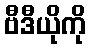
ဗီဒီယိုကို